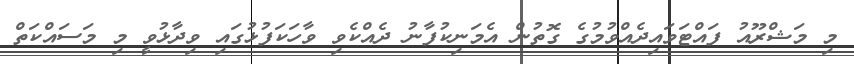
މި މަޝްރޫއު ފައްޓަވައިދެއްވުމުގެ ގޮތުން އެމަނިކުފާނު ދެއްކެވި ވާހަކަފުޅުގައި ވިދާޅުވީ މި މަސައްކަތް